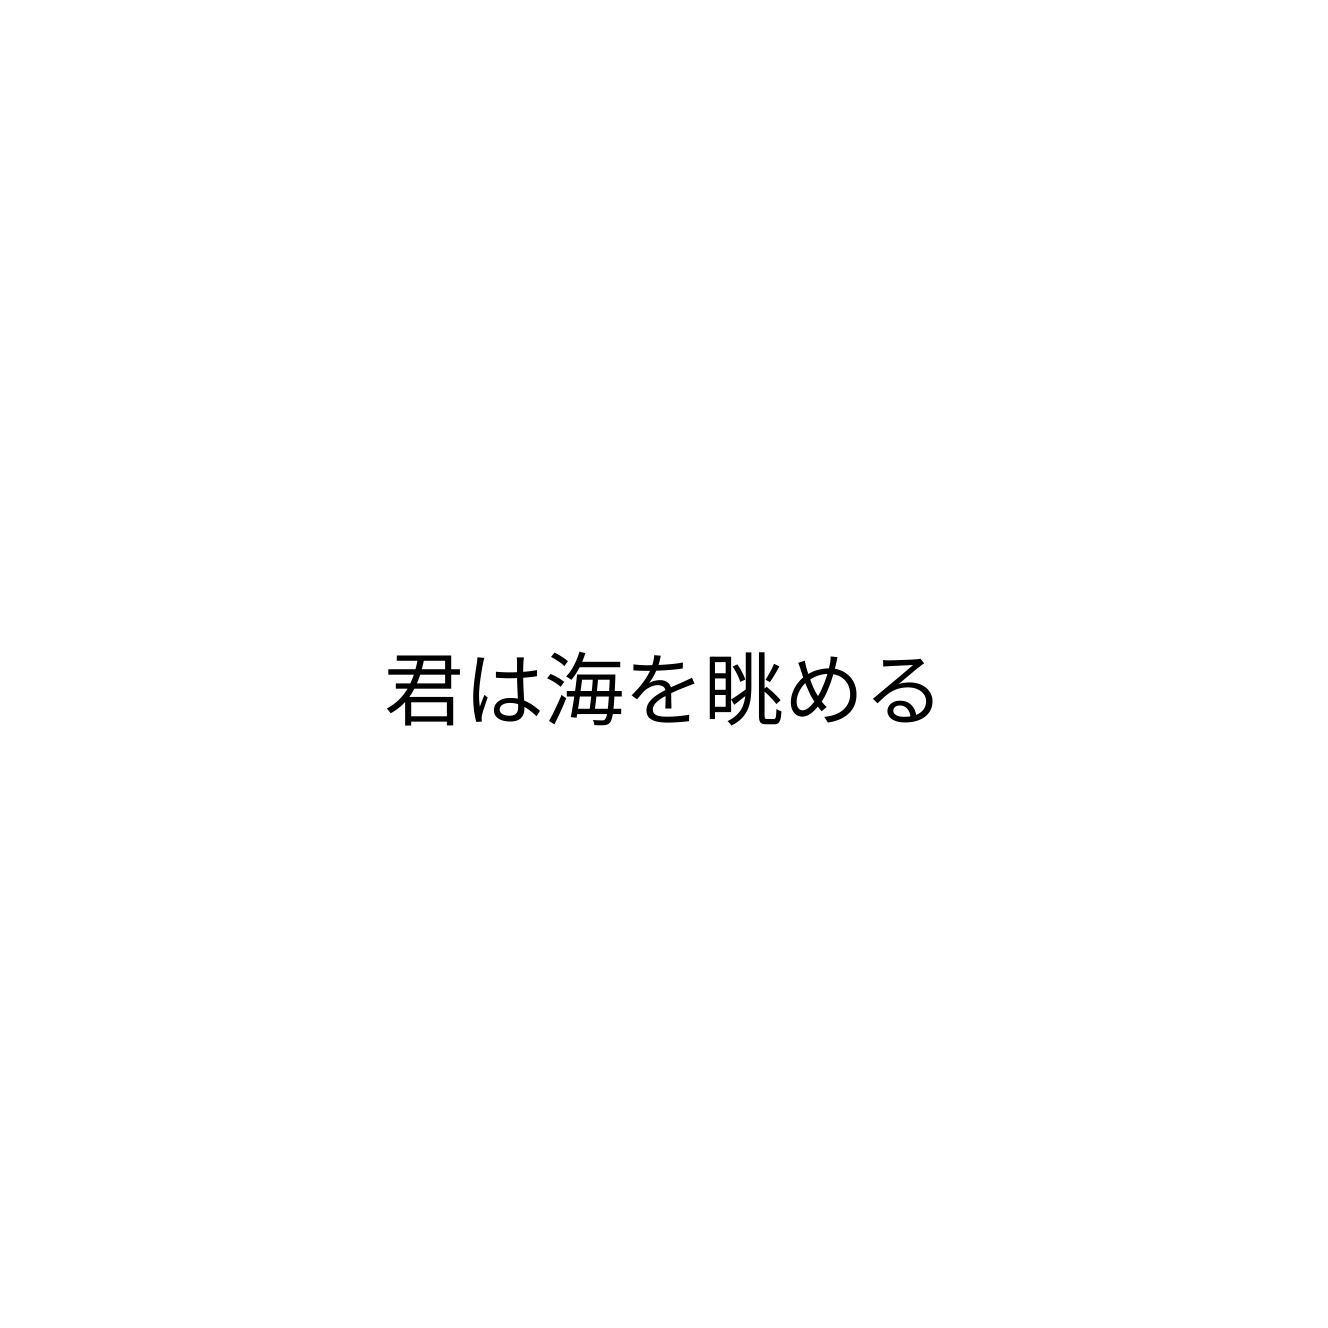
君は海を眺める